Tartu_linnavalitsus, lk 101
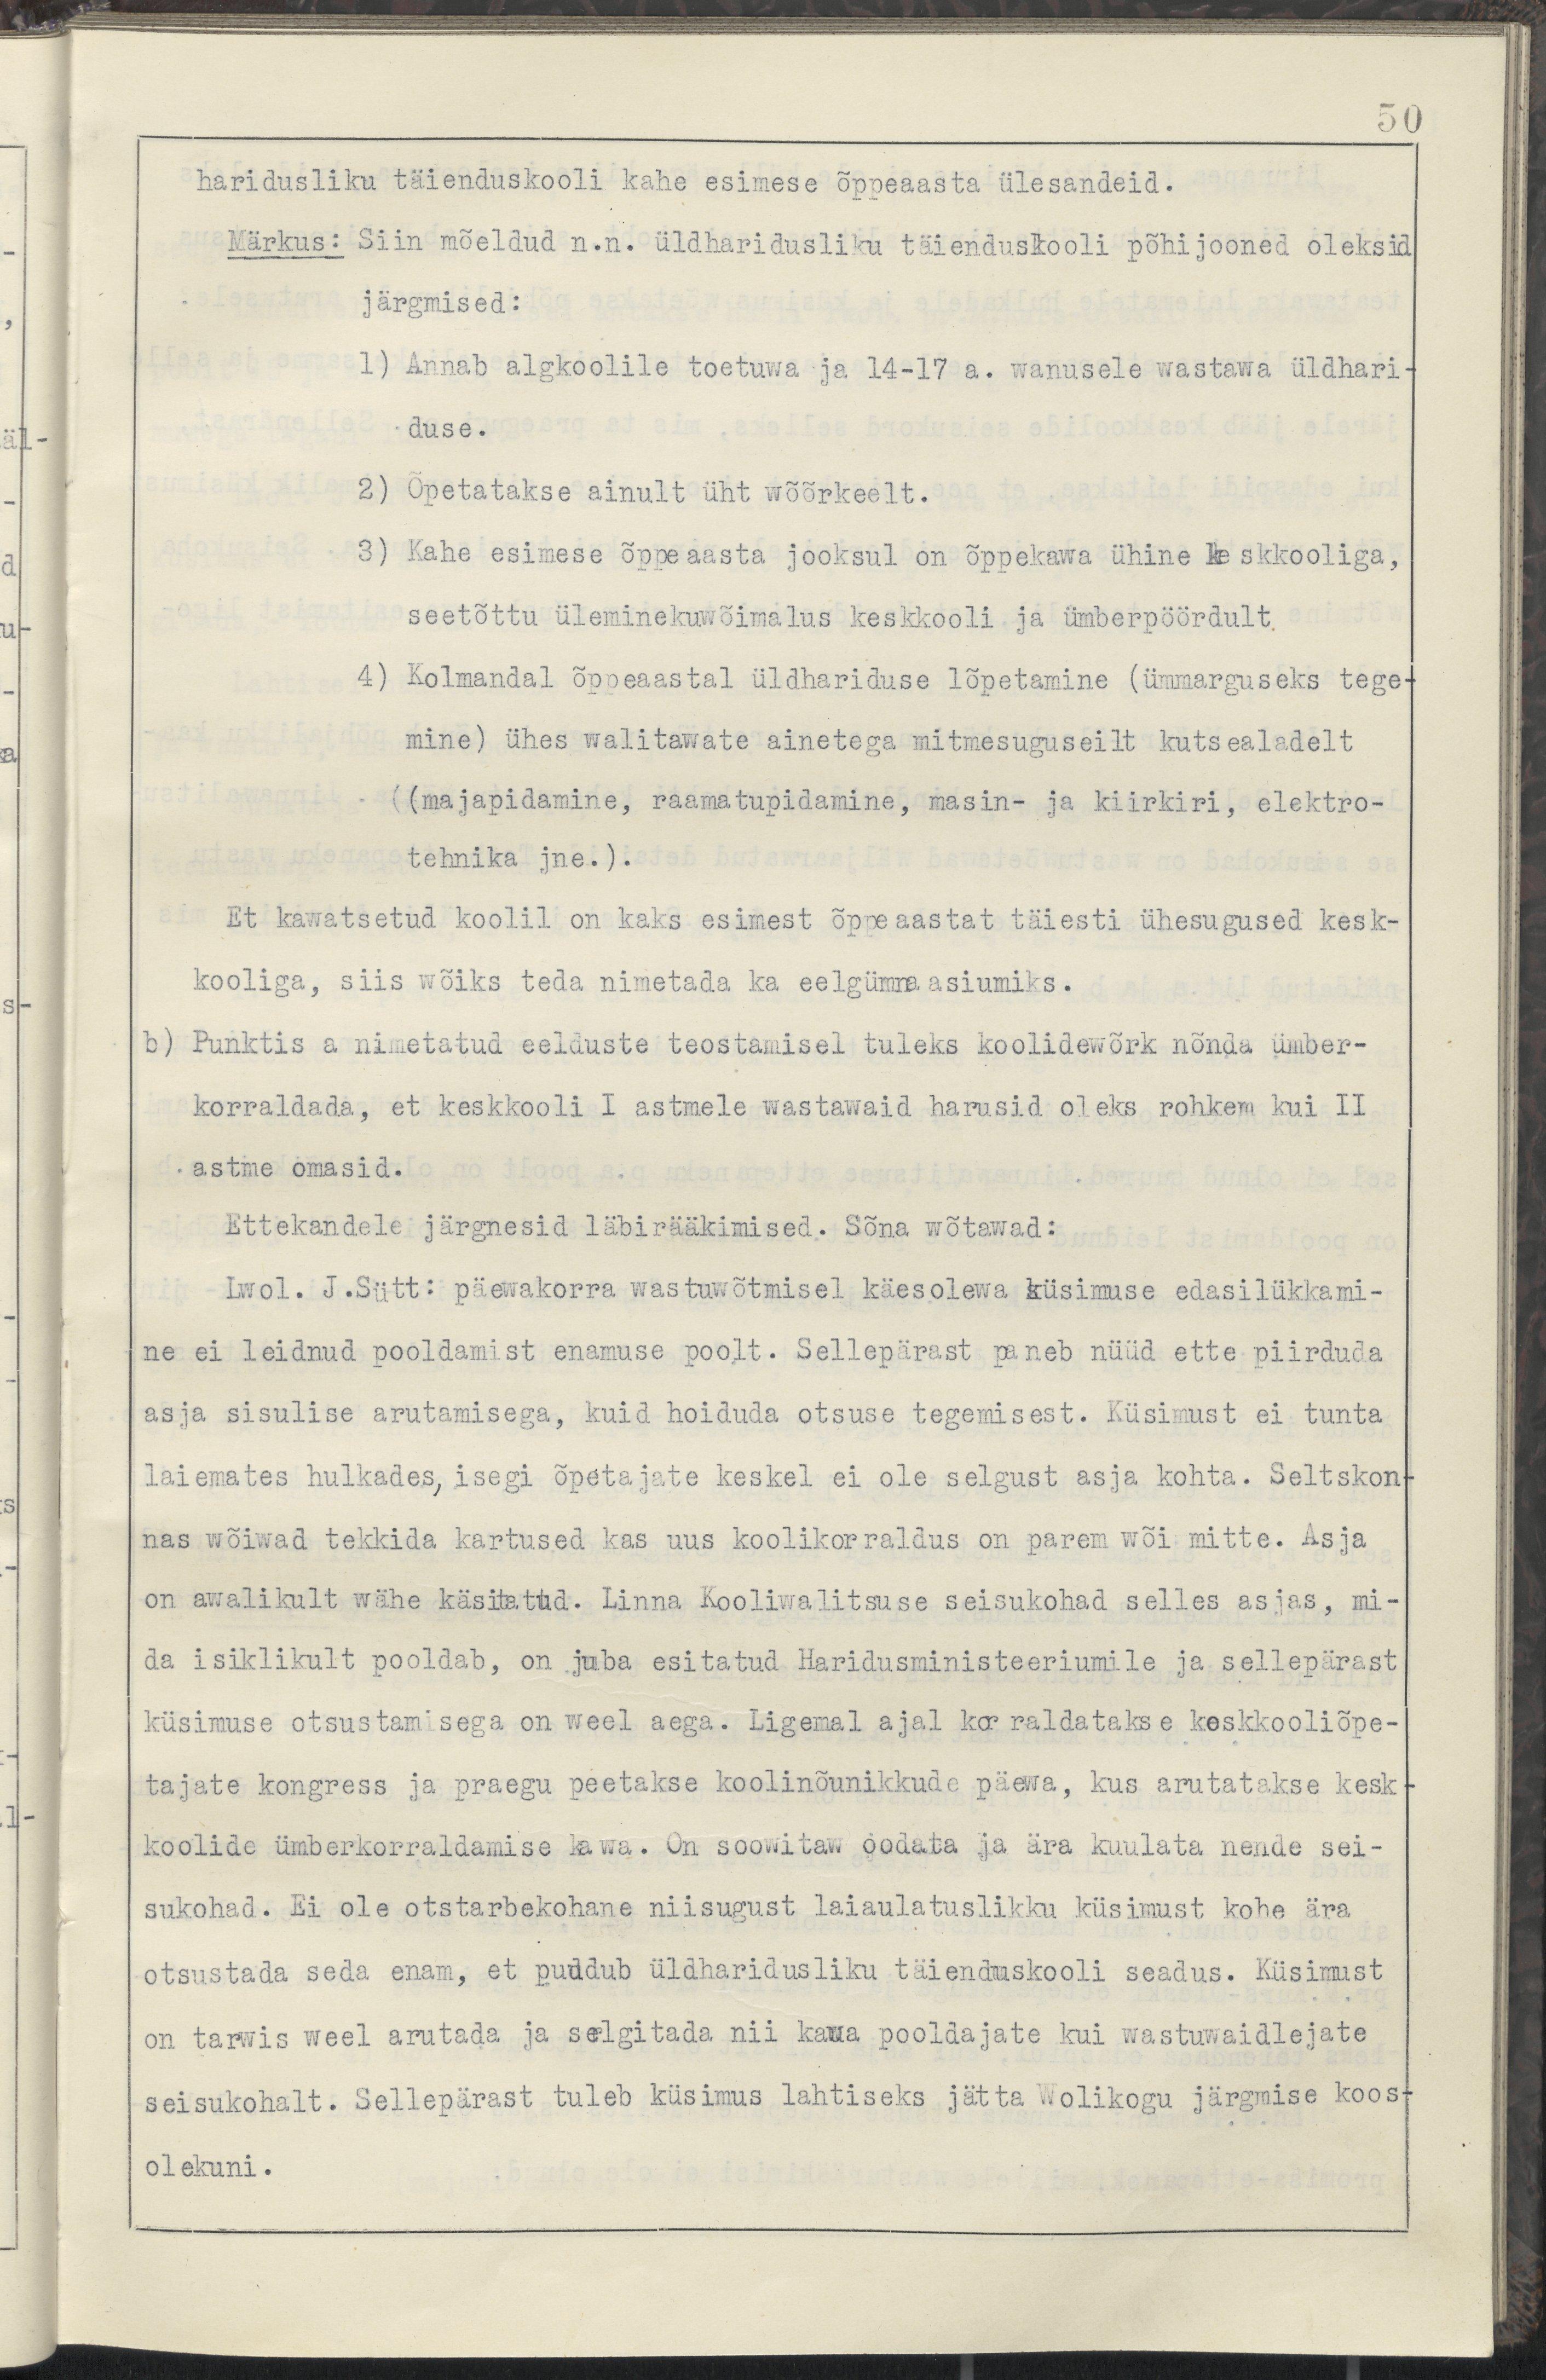
50
haridusliku täienduskooli kahe esimese õppeaasta ülesandeid.
Märkus: Siin mõeldud n.n. üldharidusliku täienduskooli põhijooned oleksid 
järgmised:
1) Annab algkoolile toetawa ja 14-17 a. wanustele wastawa üldhari-
duse.
2. õpetatakse ainult üht wõõrkeelt. 
3) Kahe esimese õppeaasta jooksul on õppekawa ühine keskkooliga,
seetõttu üleminekuwõimalus keskkooli ja ümberpöördult.
4) Kolmandal õppeaastal üldhariduse lõpetamine (ümmarguseks tege-
mine) ühel walitawate ainetega mitmesuguseilt kutsealadelt
(majapidamine, raamatupidamine, masin- ja kiirkiri, elektro-
tehnika jne.).
Et kawatsetud koolil on kaks esimest õppeaastat täiesti ühesugused kesk-
kooliga, siis wõiks teda nimetada ka eelgümnaasiumiks. 
b) Punktis a nimetatud eelduste teostamisel tuleks koolidewõrk nõnda ümber-
korraldada, et keskkooli I astmele wastawaid harusd oleks rohkem kui II
astme omasid.
Ettekandele järgnesid läbirääkimised. Sõna wõtawad:
Lwol. J.Sütt: päewakorra wastuwõtmisel käesolewa küsimuse edasilükkami-
ne ei leidnud pooldamist enamuse poolt. Sellepärast paneb nüüd ette piirduda
asja sisulise arutamisega, kuid hoiduda otsuse tegemisest. Küsimust ei tunta
laiemates hulkades, isegi õpetajate keskel ei ole selgust asja kohta. Seltskon-
nas wõiwad tekkida kartused kas uus koolikorraldus on parem wõi mitte. Asja
on awalikult wähe käsitatud. Linna Kooliwalitsuse seisukohad on selles asjas, mi-
da isiklikult pooldab, on juba esitatud Haridusministeeriumile ja sellepärast
küsimuse otsustamisega on weel aega. Ligemal ajal korraldatakse keskkooliõpe-
tajate kongress ja praegu peetakse koolinõunikkude päewa, kus arutatakse kesk-
koolide ümberkorraldamise kawa. On soowitaw oodata ja ära kuulata nende sei-
sukohad. Ei ole otstarbekohane niiisugust laiaulatuslikku küsimust kohe ära
otsustada seda enam, et puddub üldharidusliku täienduskooli seadus. Küsimust
on tarwis weel arutada ja selgitada nii kawa pooldajate kui wastuwaidlejate
seisukohalt. Sellepärast tuleb küsimus lahtiseks jätta Wolikogu järgmise koos-
olekuni.